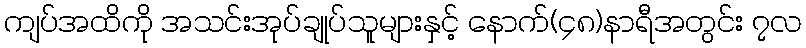
ကျပ်အထိကို အသင်းအုပ်ချုပ်သူများနှင့် နောက်(၄၈)နာရီအတွင်း ၇လ